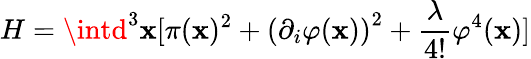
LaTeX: H=\intd^{3}\mathbf{x}[\pi(\mathbf{x})^{2}+\left(\partial_{i}\varphi(\mathbf{x})\right)^{2}+{\frac{{\lambda}}{{4!}}}\varphi^{4}(\mathbf{x})]